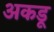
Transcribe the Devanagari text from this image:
अकडू